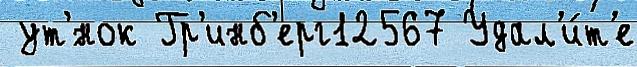
 ут'́нок Гр'инб'ерг12567 Удал'и́т'е